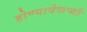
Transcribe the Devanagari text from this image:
होण्यावेळच्यी